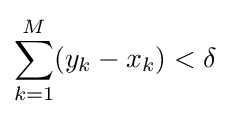
\sum \limits _{k=1}^{M}(y_{k}-x_{k})<\delta